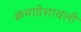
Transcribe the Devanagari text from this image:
क्रमादेशावली